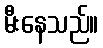
မီးနေသည်။